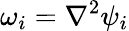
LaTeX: \omega_{i}=\nabla^{2}\psi_{i}